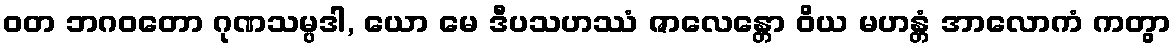
ဝတ ဘဂဝတော ဂုဏသမ္ပဒါ, ယော မေ ဒီပသဟဿံ ဇာလေန္တော ဝိယ မဟန္တံ အာလောကံ ကတွာ